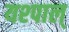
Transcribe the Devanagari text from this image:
यश्पाल्